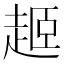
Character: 𬦎